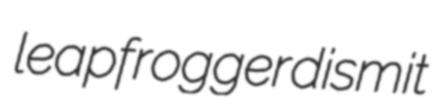
leapfrogger dismit